Specificity of antivenomous sera (second communication) - Number 10
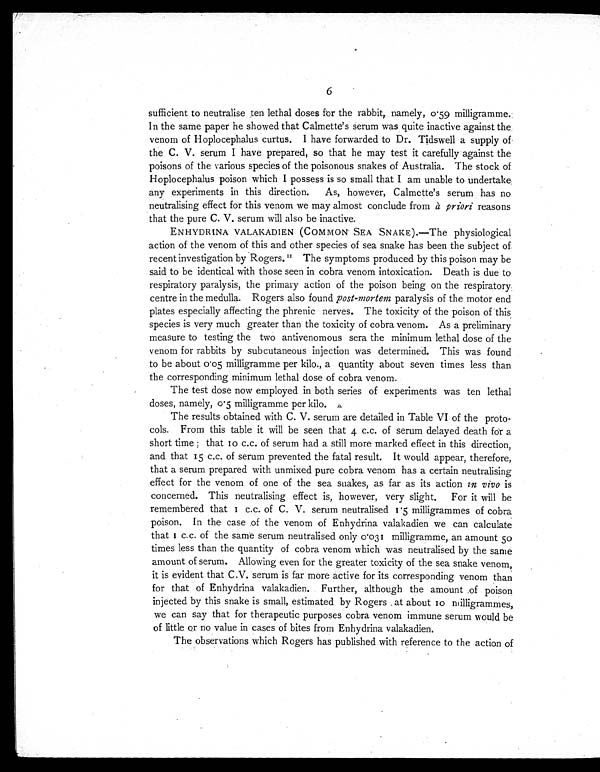
6
sufficient to neutralise ten lethal doses for the rabbit, namely, 0.59 milligramme.
In the same paper he showed that Calmette's serum was quite inactive against the
venom of Hoplocephalus curtus. I have forwarded to Dr. Tidswell a supply of
the C. V. serum I have prepared, so that he may test it carefully against the
poisons of the various species of the poisonous snakes of Australia. The stock of
Hoplocephalus poison which I possess is so small that I am unable to undertake
any experiments in this direction. As, however, Calmette's serum has no
neutralising effect for this venom we may almost conclude from à priori reasons
that the pure C. V. serum will also be inactive.
ENHYDRINA VALAKADIEN (COMMON SEA SNAKE).—The physiological
action of the venom of this and other species of sea snake has been the subject of
recent investigation by Rogers.11 The symptoms produced by this poison may be
said to be identical with those seen in cobra venom intoxication. Death is due to
respiratory paralysis, the primary action of the poison being on the respiratory
centre in the medulla. Rogers also found post-mortem paralysis of the motor end
plates especially affecting the phrenic nerves. The toxicity of the poison of this
species is very much greater than the toxicity of cobra venom. As a preliminary
measure to testing the two antivenomous sera the minimum lethal dose of the
venom for rabbits by subcutaneous injection was determined. This was found
to be about 0.05 milligramme per kilo., a quantity about seven times less than
the corresponding minimum lethal dose of cobra venom.
The test dose now employed in both series of experiments was ten lethal
doses, namely, 0.5 milligramme per kilo.
The results obtained with C. V. serum are detailed in Table VI of the proto-
cols. From this table it will be seen that 4 c.c. of serum delayed death for a
short time; that 10 c.c. of serum had a still more marked effect in this direction,
and that 15 c.c. of serum prevented the fatal result. It would appear, therefore,
that a serum prepared with unmixed pure cobra venom has a certain neutralising
effect for the venom of one of the sea snakes, as far as its action in vivo is
concerned. This neutralising effect is, however, very slight. For it will be
remembered that 1 c.c. of C. V. serum neutralised 1.5 milligrammes of cobra
poison. In the case of the venom of Enhydrina valakadien we can calculate
that 1 c.c. of the same serum neutralised only 0.031 milligramme, an amount 50
times less than the quantity of cobra venom which was neutralised by the same
amount of serum. Allowing even for the greater toxicity of the sea snake venom,
it is evident that C.V. serum is far more active for its corresponding venom than
for that of Enhydrina valakadien. Further, although the amount of poison
injected by this snake is small, estimated by Rogers at about 10 milligrammes,
we can say that for therapeutic purposes cobra venom immune serum would be
of little or no value in cases of bites from Enhydrina valakadien.
The observations which Rogers has published with reference to the action of